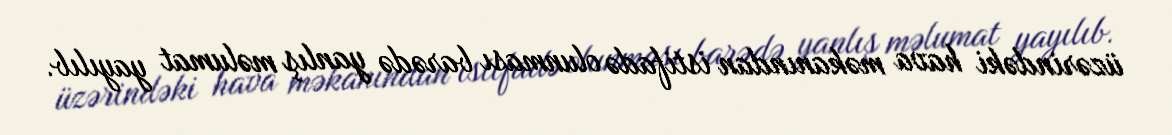
üzərindəki hava məkanından istifadə olunması barədə yanlış məlumat yayılıb.